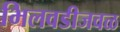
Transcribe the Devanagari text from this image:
भिलवडीजवळ